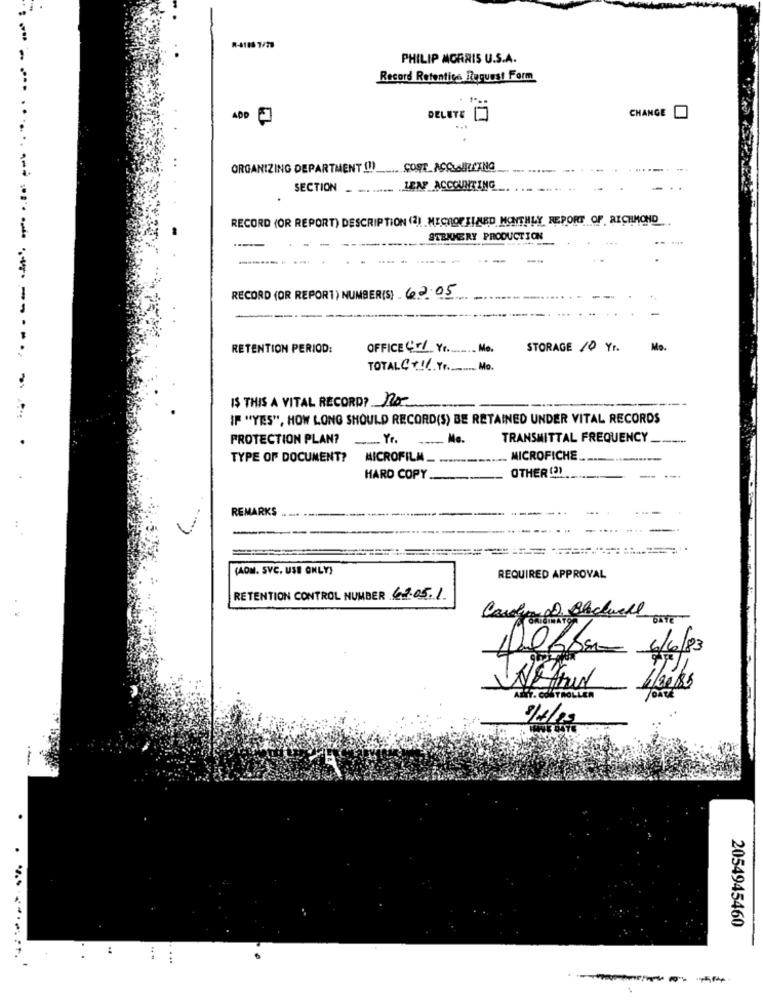
R4188 7/78
PHILIP MORRIS U.S.A.
Record Retentice Request Form
CHANGE
ADD 0
DELETE
ORGANIZING DEPARTMENT !! ) _... COST_ACCWILLING
SECTION _ ......... . JEN ACCOUNTING
RECORD (OR REPORT) DESCRIPTION (2) MICROF EUALED MONTHLY REPORT OF, RICHMOND
STEKKERY PRODUCTION
RECORD (OR REPORT) NUMBER(S). 62.05
----
RETENTION PERIOD:
OFFICE Gr/ Yr. Mo.
STORAGE 10 Yr.
Mo.
TOTALC+ !! Yr. Mo.
IS THIS A VITAL RECORD? no
IF "YES", HOW LONG SHOULD RECORD(S) BE RETAINED UNDER VITAL RECORDS
PROTECTION PLAN?
-Yr.
. Me.
TRANSMITTAL FREQUENCY.
----
TYPE OF DOCUMENT?
MICROFILM_ _
. MICROFICHE
OTHER (3)
HARD COPY __
--.
REMARKS
(AOM. SVC. USE ONLY)
REQUIRED APPROVAL
RETENTION CONTROL NUMBER 69.051
Carla . Blackwell
6/6/83
ANST. CONTROLLER
2054945460
:
.............
....